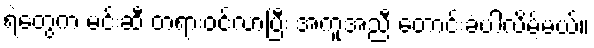
ရဲတွေက မင်းဆီ တရားဝင်လာပြီး အကူအညီ တောင်းခံပါလိမ့်မယ်။